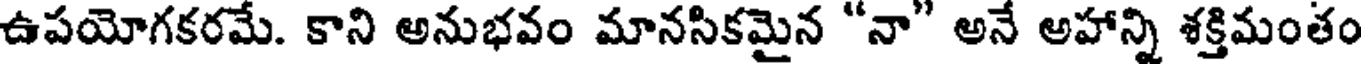
ఉపయోగకరమే. కాని అనుభవం మానసికమైన "నా" అనే అహాన్ని శక్తిమంతం